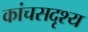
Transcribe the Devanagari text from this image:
कांचसदृश्य